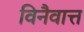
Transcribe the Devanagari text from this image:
विनैवात्त